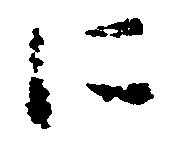
に